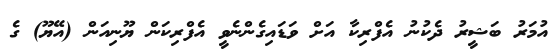
އުމަރު ބަޝީރު ދެކުނު އެފްރިކާ އަށް ވަޑައިގެންނެވީ އެފްރިކަން ޔޫނިއަން (އޭޔޫ) ގެ